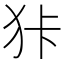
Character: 𱭶